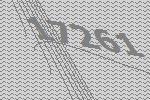
17261